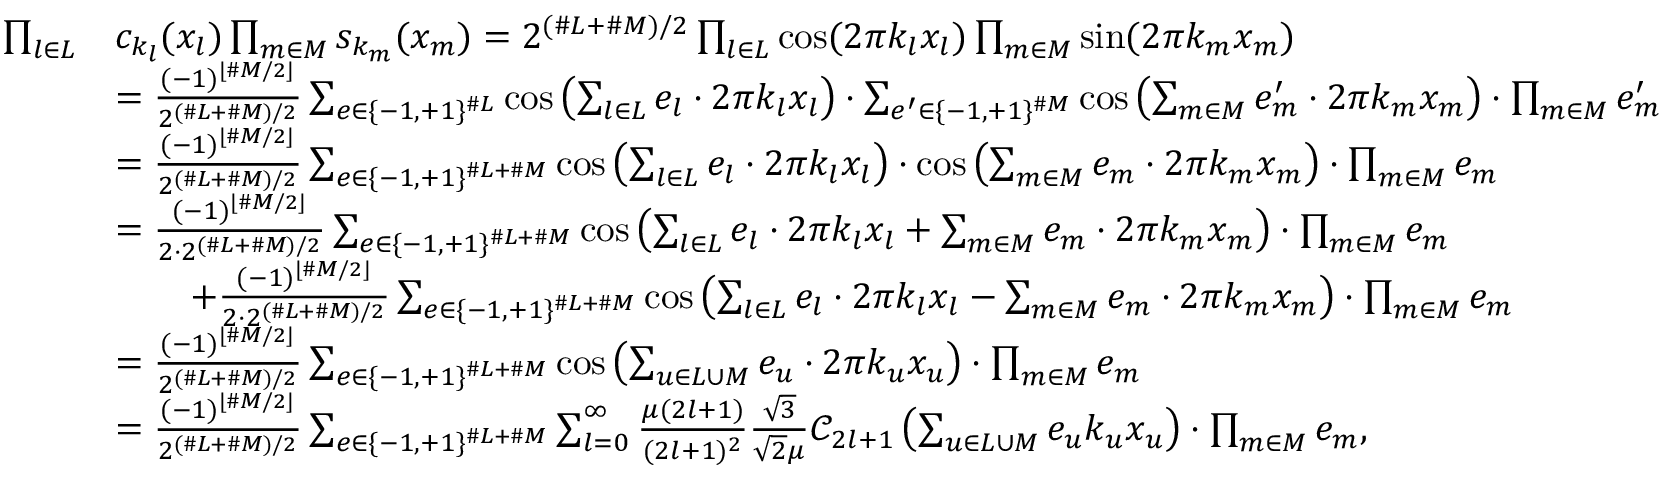
\begin{array} { r l } { \prod _ { l \in L } } & { c _ { k _ { l } } ( x _ { l } ) \prod _ { m \in M } s _ { k _ { m } } ( x _ { m } ) = 2 ^ { ( \# L + \# M ) / 2 } \prod _ { l \in L } \cos ( 2 \pi k _ { l } x _ { l } ) \prod _ { m \in M } \sin ( 2 \pi k _ { m } x _ { m } ) } \\ & { = \frac { ( - 1 ) ^ { \lfloor \# M / 2 \rfloor } } { 2 ^ { ( \# L + \# M ) / 2 } } \sum _ { e \in \{ - 1 , + 1 \} ^ { \# L } } \cos \left( \sum _ { l \in L } e _ { l } \cdot 2 \pi k _ { l } x _ { l } \right) \cdot \sum _ { e ^ { \prime } \in \{ - 1 , + 1 \} ^ { \# M } } \cos \left( \sum _ { m \in M } e _ { m } ^ { \prime } \cdot 2 \pi k _ { m } x _ { m } \right) \cdot \prod _ { m \in M } e _ { m } ^ { \prime } } \\ & { = \frac { ( - 1 ) ^ { \lfloor \# M / 2 \rfloor } } { 2 ^ { ( \# L + \# M ) / 2 } } \sum _ { e \in \{ - 1 , + 1 \} ^ { \# L + \# M } } \cos \left( \sum _ { l \in L } e _ { l } \cdot 2 \pi k _ { l } x _ { l } \right) \cdot \cos \left( \sum _ { m \in M } e _ { m } \cdot 2 \pi k _ { m } x _ { m } \right) \cdot \prod _ { m \in M } e _ { m } } \\ & { = \frac { ( - 1 ) ^ { \lfloor \# M / 2 \rfloor } } { 2 \cdot 2 ^ { ( \# L + \# M ) / 2 } } \sum _ { e \in \{ - 1 , + 1 \} ^ { \# L + \# M } } \cos \left( \sum _ { l \in L } e _ { l } \cdot 2 \pi k _ { l } x _ { l } + \sum _ { m \in M } e _ { m } \cdot 2 \pi k _ { m } x _ { m } \right) \cdot \prod _ { m \in M } e _ { m } } \\ & { \qquad + \frac { ( - 1 ) ^ { \lfloor \# M / 2 \rfloor } } { 2 \cdot 2 ^ { ( \# L + \# M ) / 2 } } \sum _ { e \in \{ - 1 , + 1 \} ^ { \# L + \# M } } \cos \left( \sum _ { l \in L } e _ { l } \cdot 2 \pi k _ { l } x _ { l } - \sum _ { m \in M } e _ { m } \cdot 2 \pi k _ { m } x _ { m } \right) \cdot \prod _ { m \in M } e _ { m } } \\ & { = \frac { ( - 1 ) ^ { \lfloor \# M / 2 \rfloor } } { 2 ^ { ( \# L + \# M ) / 2 } } \sum _ { e \in \{ - 1 , + 1 \} ^ { \# L + \# M } } \cos \left( \sum _ { u \in L \cup M } e _ { u } \cdot 2 \pi k _ { u } x _ { u } \right) \cdot \prod _ { m \in M } e _ { m } } \\ & { = \frac { ( - 1 ) ^ { \lfloor \# M / 2 \rfloor } } { 2 ^ { ( \# L + \# M ) / 2 } } \sum _ { e \in \{ - 1 , + 1 \} ^ { \# L + \# M } } \sum _ { l = 0 } ^ { \infty } \frac { \mu ( 2 l + 1 ) } { ( 2 l + 1 ) ^ { 2 } } \frac { \sqrt { 3 } } { \sqrt { 2 } \mu } { \mathcal C } _ { { 2 l + 1 } } \left( \sum _ { u \in L \cup M } e _ { u } k _ { u } x _ { u } \right) \cdot \prod _ { m \in M } e _ { m } , } \end{array}